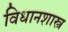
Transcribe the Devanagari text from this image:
विधानशास्त्र